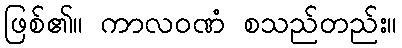
ဖြစ်၏။ ကာလဝဏံ စသည်တည်း။